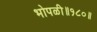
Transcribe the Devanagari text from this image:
भोपळी॥१८०॥